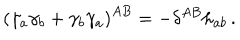
LaTeX: \left( \gamma _ { a } \gamma _ { b } + \gamma _ { b } \gamma _ { a } \right) ^ { A B } = - \delta ^ { A B } h _ { a b } \, .